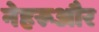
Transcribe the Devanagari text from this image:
नेहरूऔर